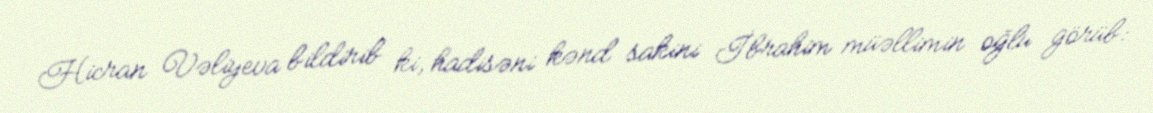
Hicran Vəliyeva bildirib ki, hadisəni kənd sakini İbrahim müəllimin oğlu görüb: